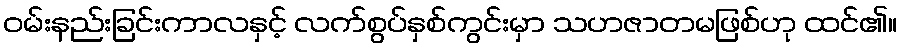
ဝမ်းနည်းခြင်းကာလနှင့် လက်စွပ်နှစ်ကွင်းမှာ သဟဇာတမဖြစ်ဟု ထင်၏။